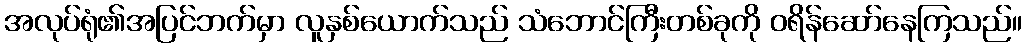
အလုပ်ရုံ၏အပြင်ဘက်မှာ လူနှစ်ယောက်သည် သံဘောင်ကြီးတစ်ခုကို ဝရိန်ဆော်နေကြသည်။